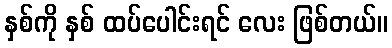
နှစ်ကို နှစ် ထပ်ပေါင်းရင် လေး ဖြစ်တယ်။